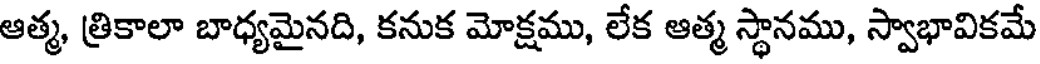
ఆత్మ, త్రికాలా బాధ్యమైనది, కనుక మోక్షము, లేక ఆత్మ స్థానము, స్వాభావికమే